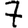
Digit: 7